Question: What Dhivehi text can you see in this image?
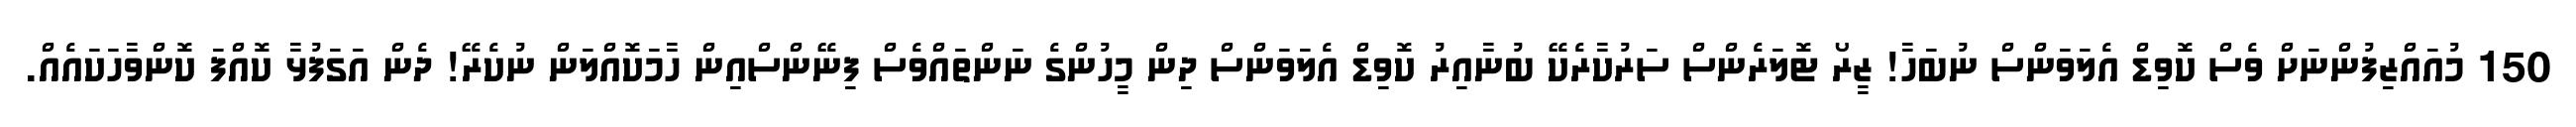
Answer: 150 މުއައްޒިފުންނަށް ވެސް ކޮވިޑް އެލަވަންސް ނުބަހާ! ޒީރޯ ޓޮލަރެންސް ސަރުކާރެކޭ ބުނާއިރު ކޮވިޑް އެލަވަންސް ދިން މީހުންގެ ނަންތައްވެސް ފިނޭންސްއިން ހާމަކޮއްލަން ނުކެރޭ! ދެން އަގަފުޅާ ކޮއްފަ ކޮންވާހަކައެއް.